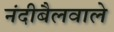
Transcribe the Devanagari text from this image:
नंदीबैलवाले